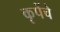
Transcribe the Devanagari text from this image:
कृपेंचे